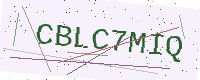
Text: CBLC7MIQ